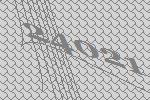
24021